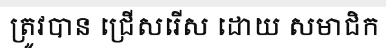
ត្រូវបាន ជ្រើសរើស ដោយ សមាជិក